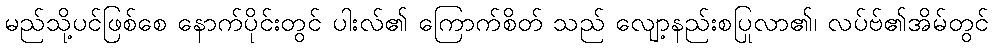
မည်သို့ပင်ဖြစ်စေ နောက်ပိုင်းတွင် ပါးလ်၏ ကြောက်စိတ် သည် လျော့နည်းစပြုလာ၏၊ လပ်ဗ်၏အိမ်တွင်